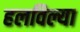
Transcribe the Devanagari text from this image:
हलविल्या